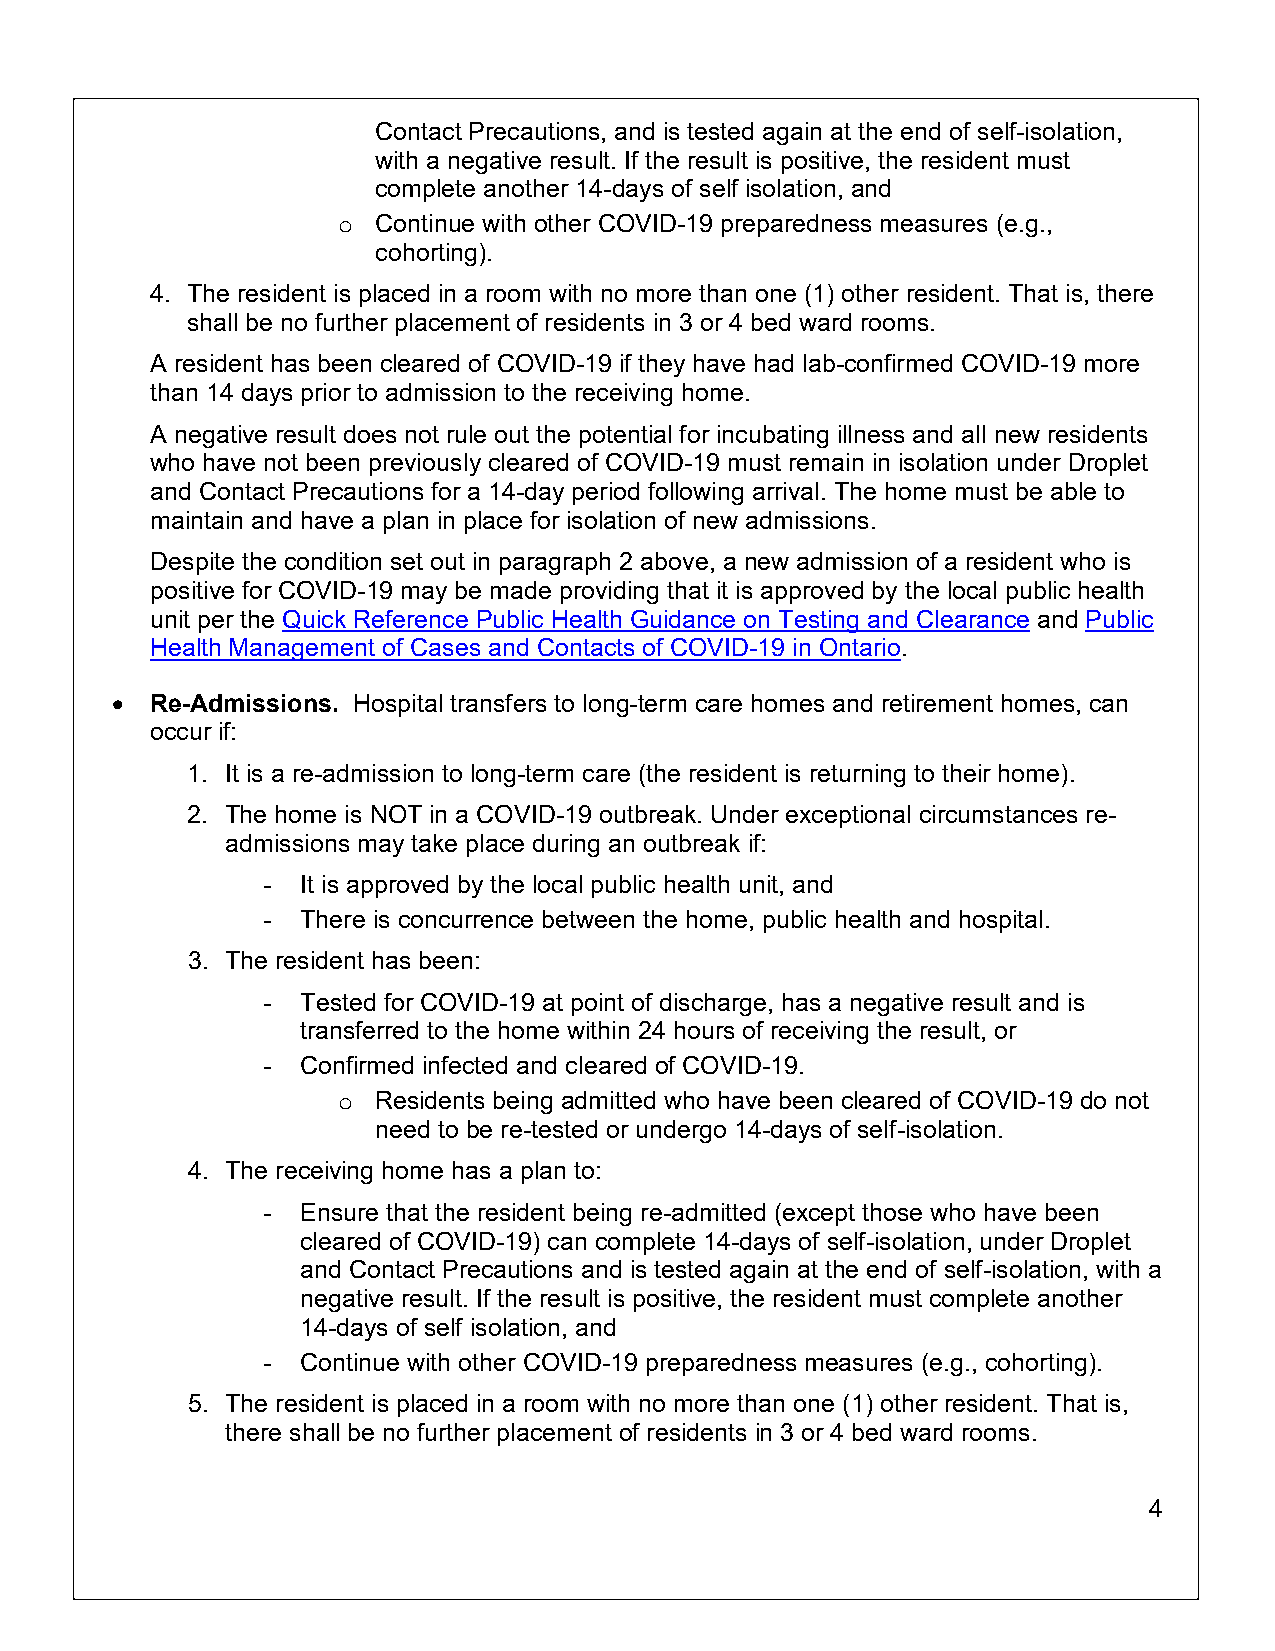
Contact Precautions, and is tested again at the end of self-isolation,
 with a negative result. If the result is positive, the resident must
 complete another 14-days of self isolation, and
 Continue with other COVID-19 preparedness measures (e.g.,
 o
 cohorting).
 4. The resident is placed in a room with no more than one (1) other resident. That is, there
 shall be no further placement of residents in 3 or 4 bed ward rooms.
 A resident has been cleared of COVID-19 if they have had lab-confirmed COVID-19 more
 than 14 days prior to admission to the receiving home.
 A negative result does not rule out the potential for incubating illness and all new residents
 who have not been previously cleared of COVID-19 must remain in isolation under Droplet
 and Contact Precautions for a 14-day period following arrival. The home must be able to
 maintain and have a plan in place for isolation of new admissions.
 Despite the condition set out in paragraph 2 above, a new admission of a resident who is
 positive for COVID-19 may be made providing that it is approved by the local public health
 unit per the Quick Reference Public Health Guidance on Testing and Clearance and Public
 Health Management of Cases and Contacts of COVID-19 in Ontario.
 •  Re-Admissions. Hospital transfers to long-term care homes and retirement homes, can
 occur if:
 1. It is a re-admission to long-term care (the resident is returning to their home).
 2. The home is NOT in a COVID-19 outbreak. Under exceptional circumstances re-
 admissions may take place during an outbreak if:
 -  It is approved by the local public health unit, and
 -  There is concurrence between the home, public health and hospital.
 3. The resident has been:
 -  Tested for COVID-19 at point of discharge, has a negative result and is
 transferred to the home within 24 hours of receiving the result, or
 -  Confirmed infected and cleared of COVID-19.
 Residents being admitted who have been cleared of COVID-19 do not
 o
 need to be re-tested or undergo 14-days of self-isolation.
 4. The receiving home has a plan to:
 -  Ensure that the resident being re-admitted (except those who have been
 cleared of COVID-19) can complete 14-days of self-isolation, under Droplet
 and Contact Precautions and is tested again at the end of self-isolation, with a
 negative result. If the result is positive, the resident must complete another
 14-days of self isolation, and
 -  Continue with other COVID-19 preparedness measures (e.g., cohorting).
 5. The resident is placed in a room with no more than one (1) other resident. That is,
 there shall be no further placement of residents in 3 or 4 bed ward rooms.
 4